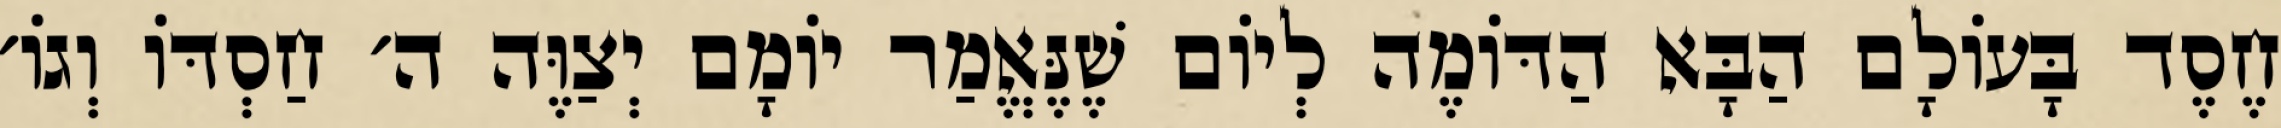
חֶסֶד בָּעוֹלָם הַבָּא הַדּוֹמֶה לְיוֹם שֶׁנֶּאֱמַר יוֹמָם יְצַוֶּה ה׳ חַסְדּוֹ וְגוֹ׳